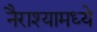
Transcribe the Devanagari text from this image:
नैराश्यामध्ये